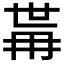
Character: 𭁯